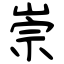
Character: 崇